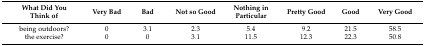
<table><thead><tr><td><b>What Did You Think of</b></td><td><b>Very Bad</b></td><td><b>Bad</b></td><td><b>Not so Good</b></td><td><b>Nothing in Particular</b></td><td><b>Pretty Good</b></td><td><b>Good</b></td><td><b>Very Good</b></td></tr></thead><tbody><tr><td>being outdoors?</td><td>0</td><td>3.1</td><td>2.3</td><td>5.4</td><td>9.2</td><td>21.5</td><td>58.5</td></tr><tr><td>the exercise?</td><td>0</td><td>0</td><td>3.1</td><td>11.5</td><td>12.3</td><td>22.3</td><td>50.8</td></tr></tbody></table>